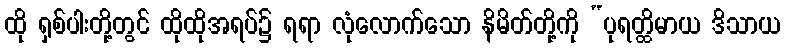
ထို ရှစ်ပါးတို့တွင် ထိုထိုအရပ်၌ ရရာ လုံလောက်သော နိမိတ်တို့ကို “ပုရတ္ထိမာယ ဒိသာယ